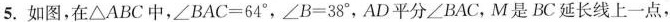
5.如图，在\triangle ABC中，\angle BAC=64^{\circ}，\angle B=38^{\circ}，AD平分\angle BAC，M是BC延长线上一点，